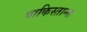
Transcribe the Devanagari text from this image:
पाकिस्तान्स